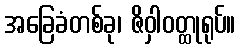
အခြေခံတစ်ခု၊ ဇိဝှါဝတ္ထုရုပ်။